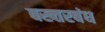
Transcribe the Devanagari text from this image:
बख्तरबंध